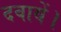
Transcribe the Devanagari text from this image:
दवायें।